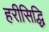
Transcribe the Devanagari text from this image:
हरीसिद्धि